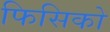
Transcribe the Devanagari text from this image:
फिसिको